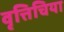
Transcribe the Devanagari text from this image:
वृत्तिचिया